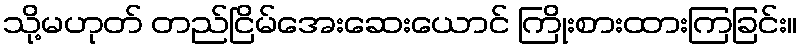
သို့မဟုတ် တည်ငြိမ်အေးဆေးယောင် ကြိုးစားထားကြခြင်း။